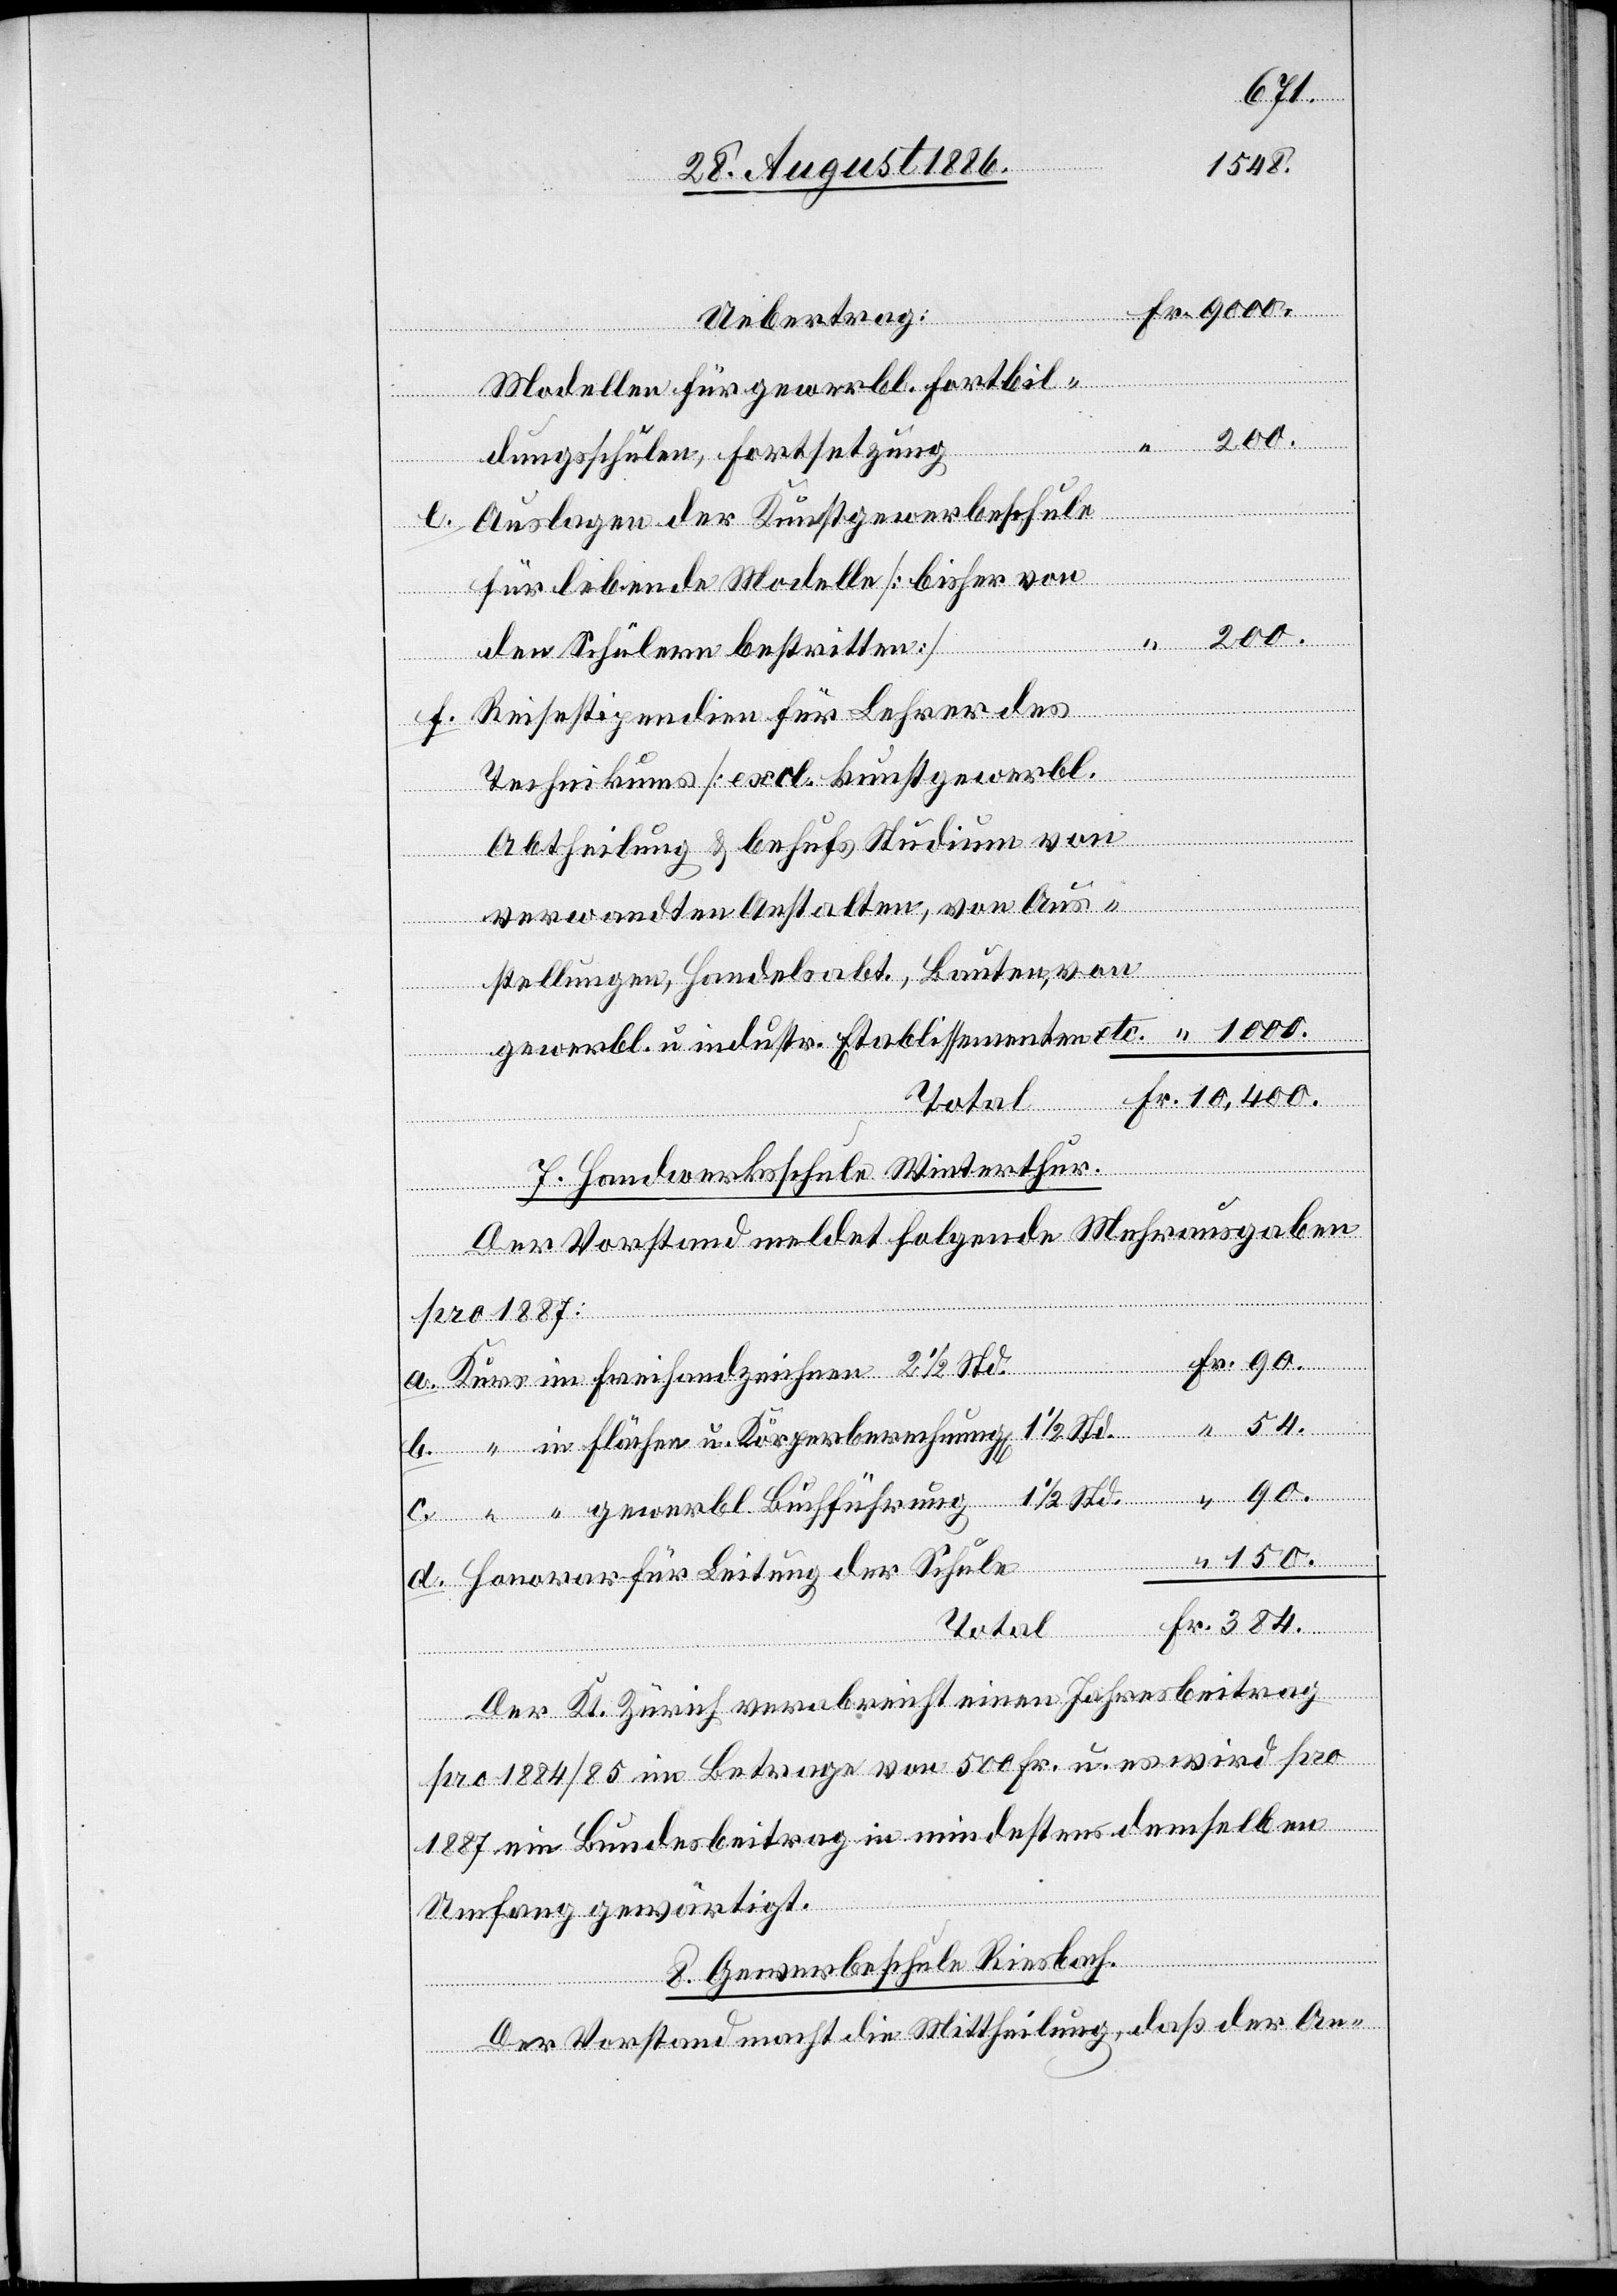
Schule
150.
Fr.
Modellen für gewerbl. Fortbil¬
dungsschulen, Fortsetzung
Auslagen der Kunstgewerbeschule
für lebende Modelle [bisher von
den Schülern bestritten]
Reisestipendien für Lehrer des
Technikums [excl. kunstgewerbl.
Abtheilung] & behufs Studium von
verwandten Anstalten, von Aus¬
Leitung
stellungen, Handelsabt. [sic!], Bauten, von
gewerbl. u. industr. Etablissementen etc.
6. Handwerksschule Winterthur.
Der Vorstand meldet folgende Mehrausgaben
54.
pro 1887
Total
Der Kt. Zürich verabreicht einen Jahresbeitrag
pro 1884/85 im Betrage von 500 Fr. u. es wird pro
1887 ein Bundesbeitrag in mindestens demselben
Umfang gewärtigt.
8. Gewerbeschule Riesbach.
Der Vorstand macht die Mittheilung, daß der An-